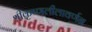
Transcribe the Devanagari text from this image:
श्रीकृष्णलीलावर्णन